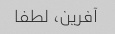
آفرین، لطفا